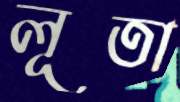
লূতা